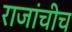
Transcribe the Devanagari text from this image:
राजांचीच